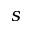
s